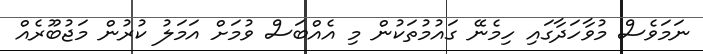
ނަމަވެސް މުވާހަދާގައި ހިމެނޭ ގައުމުތަކުން މި އެއްބަސް ވުމަށް އަމަލު ކުރުން މަޖުބޫރެއް